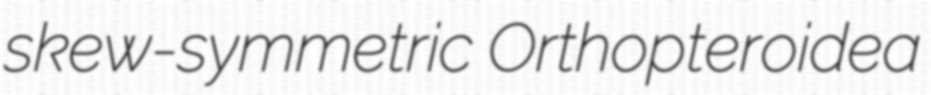
skew-symmetric Orthopteroidea